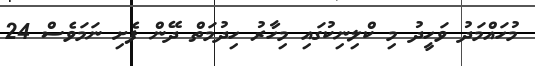
މުހައްމަދު ވަހީދު މި ކްލިނިކުގައި މިހާރު ހިދުމަތް ދޭން ފެށި ނަމަވެސް 24